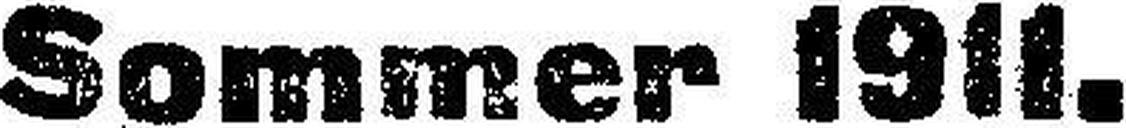
Sommer 1911.